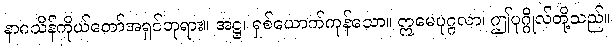
နာဂသိန်ကိုယ်တော်အရှင်ဘုရား။ အဋ္ဌ၊ ရှစ်ယောက်ကုန်သော။ ဣမေပုဂ္ဂလာ၊ ဤပုဂ္ဂိုလ်တို့သည်။